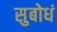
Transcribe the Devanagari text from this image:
सुबोधं